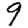
Digit: 9